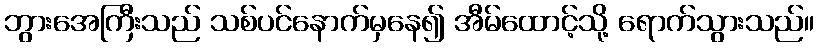
ဘွားအေကြီးသည် သစ်ပင်နောက်မှနေ၍ အီမ်ထောင့်သို့ ရောက်သွားသည်။